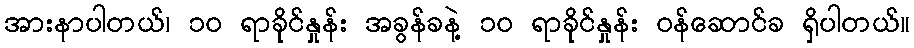
အားနာပါတယ်၊ ၁၀ ရာခိုင်နှုန်း အခွန်ခနဲ့ ၁၀ ရာခိုင်နှုန်း ဝန်ဆောင်ခ ရှိပါတယ်။